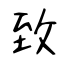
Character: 致